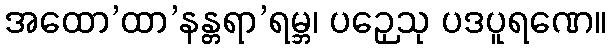
အထော’ထာ’နန္တရာ’ရမ္ဘ၊ ပဉှေသု ပဒပူရဏေ။